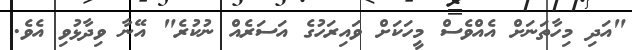
"އަދި މިހާތަނަށް އެއްވެސް މީހަކަށް ވައިރަހުގެ އަސަރެއް ނުކުރެ" އޭނާ ވިދާޅުވި އެވެ.